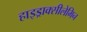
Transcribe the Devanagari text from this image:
हाइड्राक्सीलेमिन